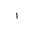
Letter: _alif